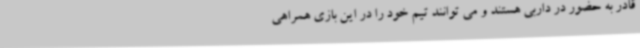
قادر به حضور در داربی هستند و می توانند تیم خود را در این بازی همراهی